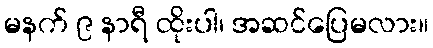
မနက် ၉ နာရီ ထိုးပါ၊ အဆင်ပြေမလား။